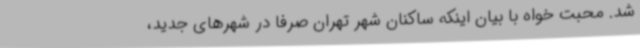
شد. محبت خواه با بیان اینکه ساکنان شهر تهران صرفا در شهرهای جدید،